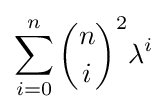
\sum _{i=0}^{n}{n \choose {i}}^{2}\lambda ^{i}